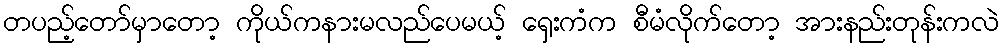
တပည့်တော်မှာတော့ ကိုယ်ကနားမလည်ပေမယ့် ရှေးကံက စီမံလိုက်တော့ အားနည်းတုန်းကလဲ